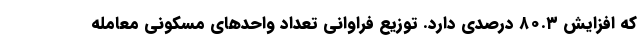
که افزایش ۸۰.۳ درصدی دارد. توزیع فراوانی تعداد واحد‌های مسکونی معامله